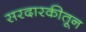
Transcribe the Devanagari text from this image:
सरदारकीतून